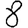
Digit: 8